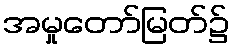
အမှုတော်မြတ်၌